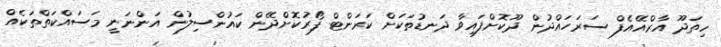
ހިތަދޫ އާރްއޭއެފް ސަރަހައްދުން ދޫކޮށްފައިވާ ދަނޑުތަކަށް ކަރަންޓް ފޯރުކޮށްދޭން ކައުންސިލުން އަންނަނީ މަސައްކަތްތަކެއް